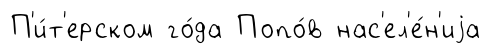
П'и́т'ерском го́да Попо́в нас'ел'е́н'иjа